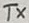
Text: Tx